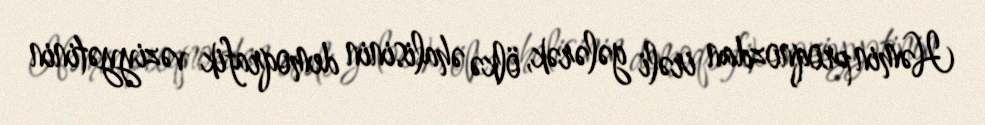
Həmin proqnozdan irəli gələrək, ölkə əhalisinin demoqrafik vəziyyətinin